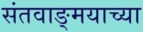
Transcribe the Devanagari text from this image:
संतवाङ्मयाच्या